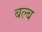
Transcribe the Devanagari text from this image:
बल्‍ब